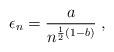
LaTeX: \begin{align*} \epsilon_n = \frac{a}{n^{\frac{1}{2}(1-b)}} \;,\,\end{align*}